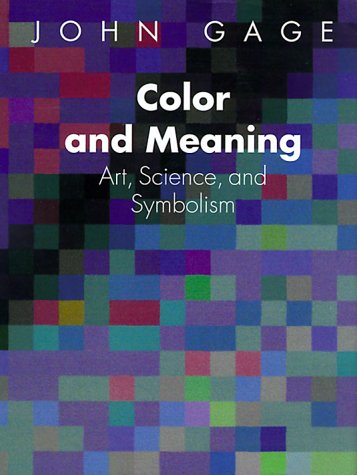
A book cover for Color and Meaning: Art, Science, and Symbolism; John Gage; Politics & Social Sciences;